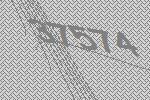
37574